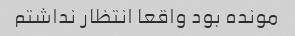
مونده بود واقعا انتظار نداشتم